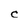
Character: C